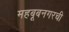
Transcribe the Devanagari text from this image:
महबूबनगरची